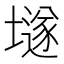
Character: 𡑞